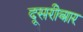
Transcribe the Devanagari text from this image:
दूसरीबार